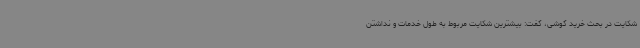
شکایت در بحث خرید گوشی، گفت: بیشترین شکایت مربوط به طول خدمات و نداشتن